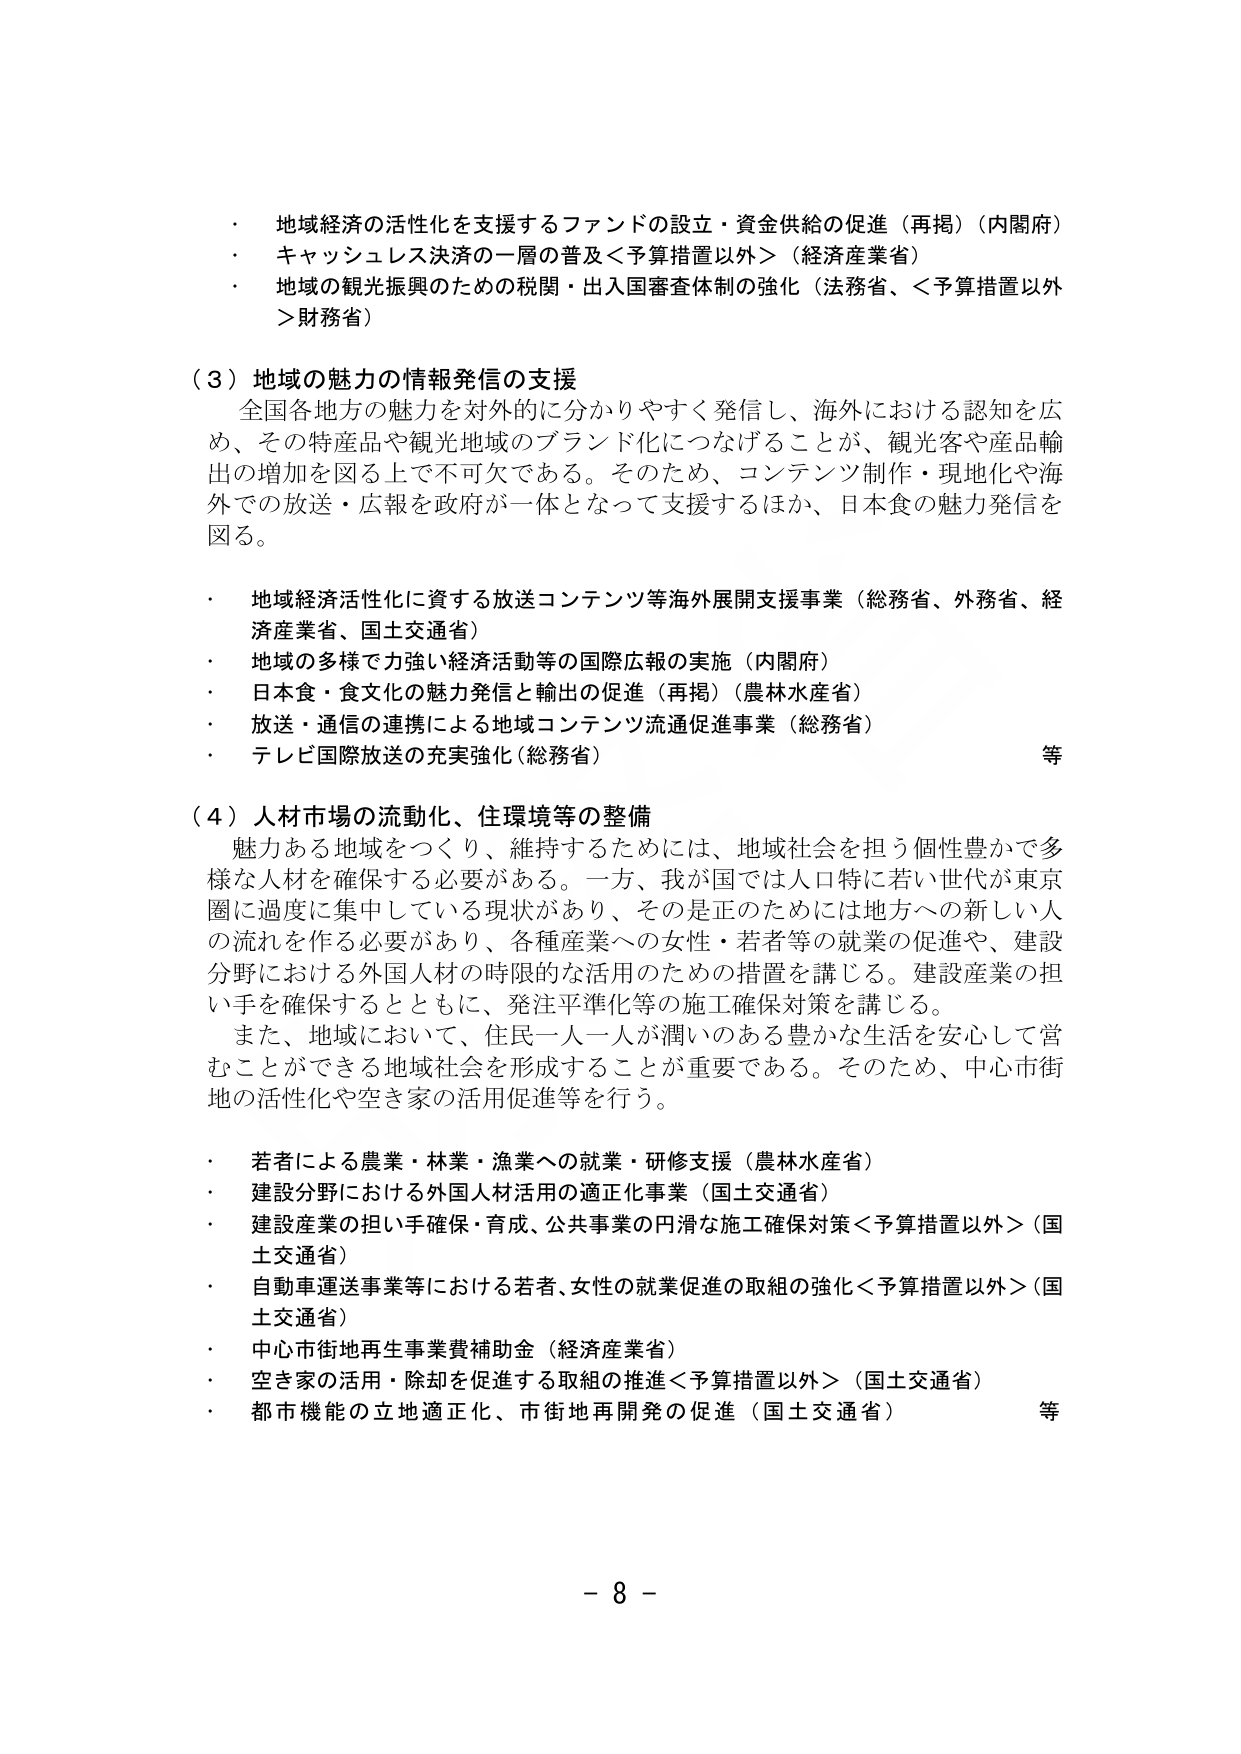
・ 地域経済の活性化を支援するファンドの設立・資金供給の促進（再掲）（内閣府）
・ キャッシュレス決済の一層の普及＜予算措置以外＞（経済産業省）
・ 地域の観光振興のための税関・出入国審査体制の強化（法務省、＜予算措置以外＞財務省）

（３）地域の魅力の情報発信の支援
　全国各地方の魅力を対外的に分かりやすく発信し、海外における認知を広め、その特産品や観光地域のブランド化につなげることが、観光客や産品輸出の増加を図る上で不可欠である。そのため、コンテンツ制作・現地化や海外での放送・広報を政府が一体となって支援するほか、日本食の魅力発信を図る。

・ 地域経済活性化に資する放送コンテンツ等海外展開支援事業（総務省、外務省、経済産業省、国土交通省）
・ 地域の多様で強い経済活動等の国際広報の実施（内閣府）
・ 日本食・食文化の魅力発信と輸出の促進（再掲）（農林水産省）
・ 放送・通信の連携による地域コンテンツ流通促進事業（総務省）
・ テレビ国際放送の充実強化（総務省）　等

（４）人材市場の流動化、住環境等の整備
　魅力ある地域をつくり、維持するためには、地域社会を担う個性豊かで多様な人材を確保する必要がある。一方、我が国では人口特に若い世代が東京圏に過度に集中している現状があり、その是正のためには地方への新しい人の流れを作る必要があり、各種産業への女性・若者等の就業の促進や、建設分野における外国人材の時限的な活用のための措置を講じる。建設産業の担い手を確保するとともに、発注平準化等の施工確保対策を講じる。
　また、地域において、住民一人一人が潤いのある豊かな生活を安心して営むことができる地域社会を形成することが重要である。そのため、中心市街地の活性化や空き家の活用促進等を行う。

・ 若者による農業・林業・漁業への就業・研修支援（農林水産省）
・ 建設分野における外国人材活用の適正化事業（国土交通省）
・ 建設産業の担い手確保・育成、公共事業の円滑な施工確保対策＜予算措置以外＞（国土交通省）
・ 自動車運送事業等における若者、女性の就業促進の取組の強化＜予算措置以外＞（国土交通省）
・ 中心市街地再生事業費補助金（経済産業省）
・ 空き家の活用・除却を促進する取組の推進＜予算措置以外＞（国土交通省）
・ 都市機能の立地適正化、市街地再開発の促進（国土交通省）　等

－ 8 －